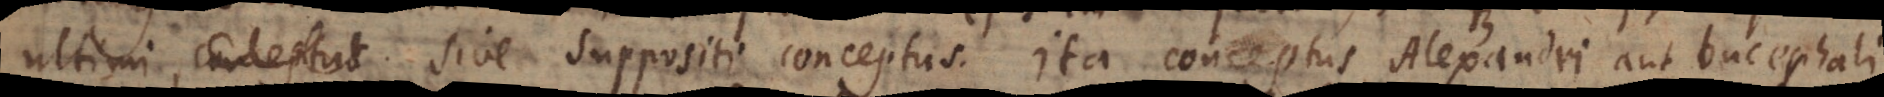
ultimi, conceptus sive suppositi conceptus. Ita conceptus Alexandri aut bucephali